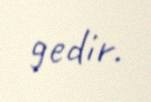
gedir.